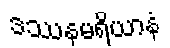
ဒဿနမရိယာနံ